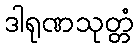
ဒါရုဏသုတ္တံ